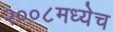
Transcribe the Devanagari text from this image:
२००८मध्येच